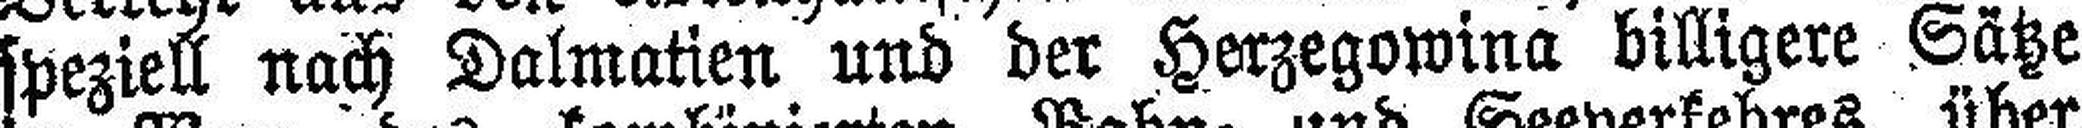
speziell nach Dalmatien und der Herzegowina billigere Sätze